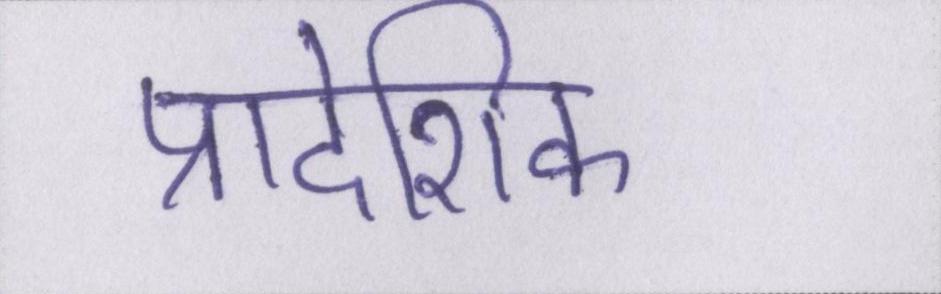
प्रादेशिक